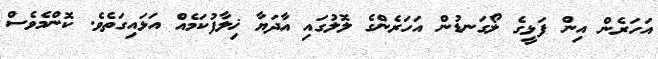
އަހަރެން އިން ފަޅީގެ ލޯގަނޑުން އަހަރެންގެ ލޮލުގައި އާދަޔާ ޚިލާފުކަމެއް އަޅައިގަތެވެ. ކޮންމެވެސް